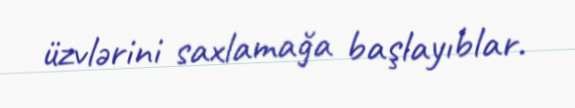
üzvlərini saxlamağa başlayıblar.